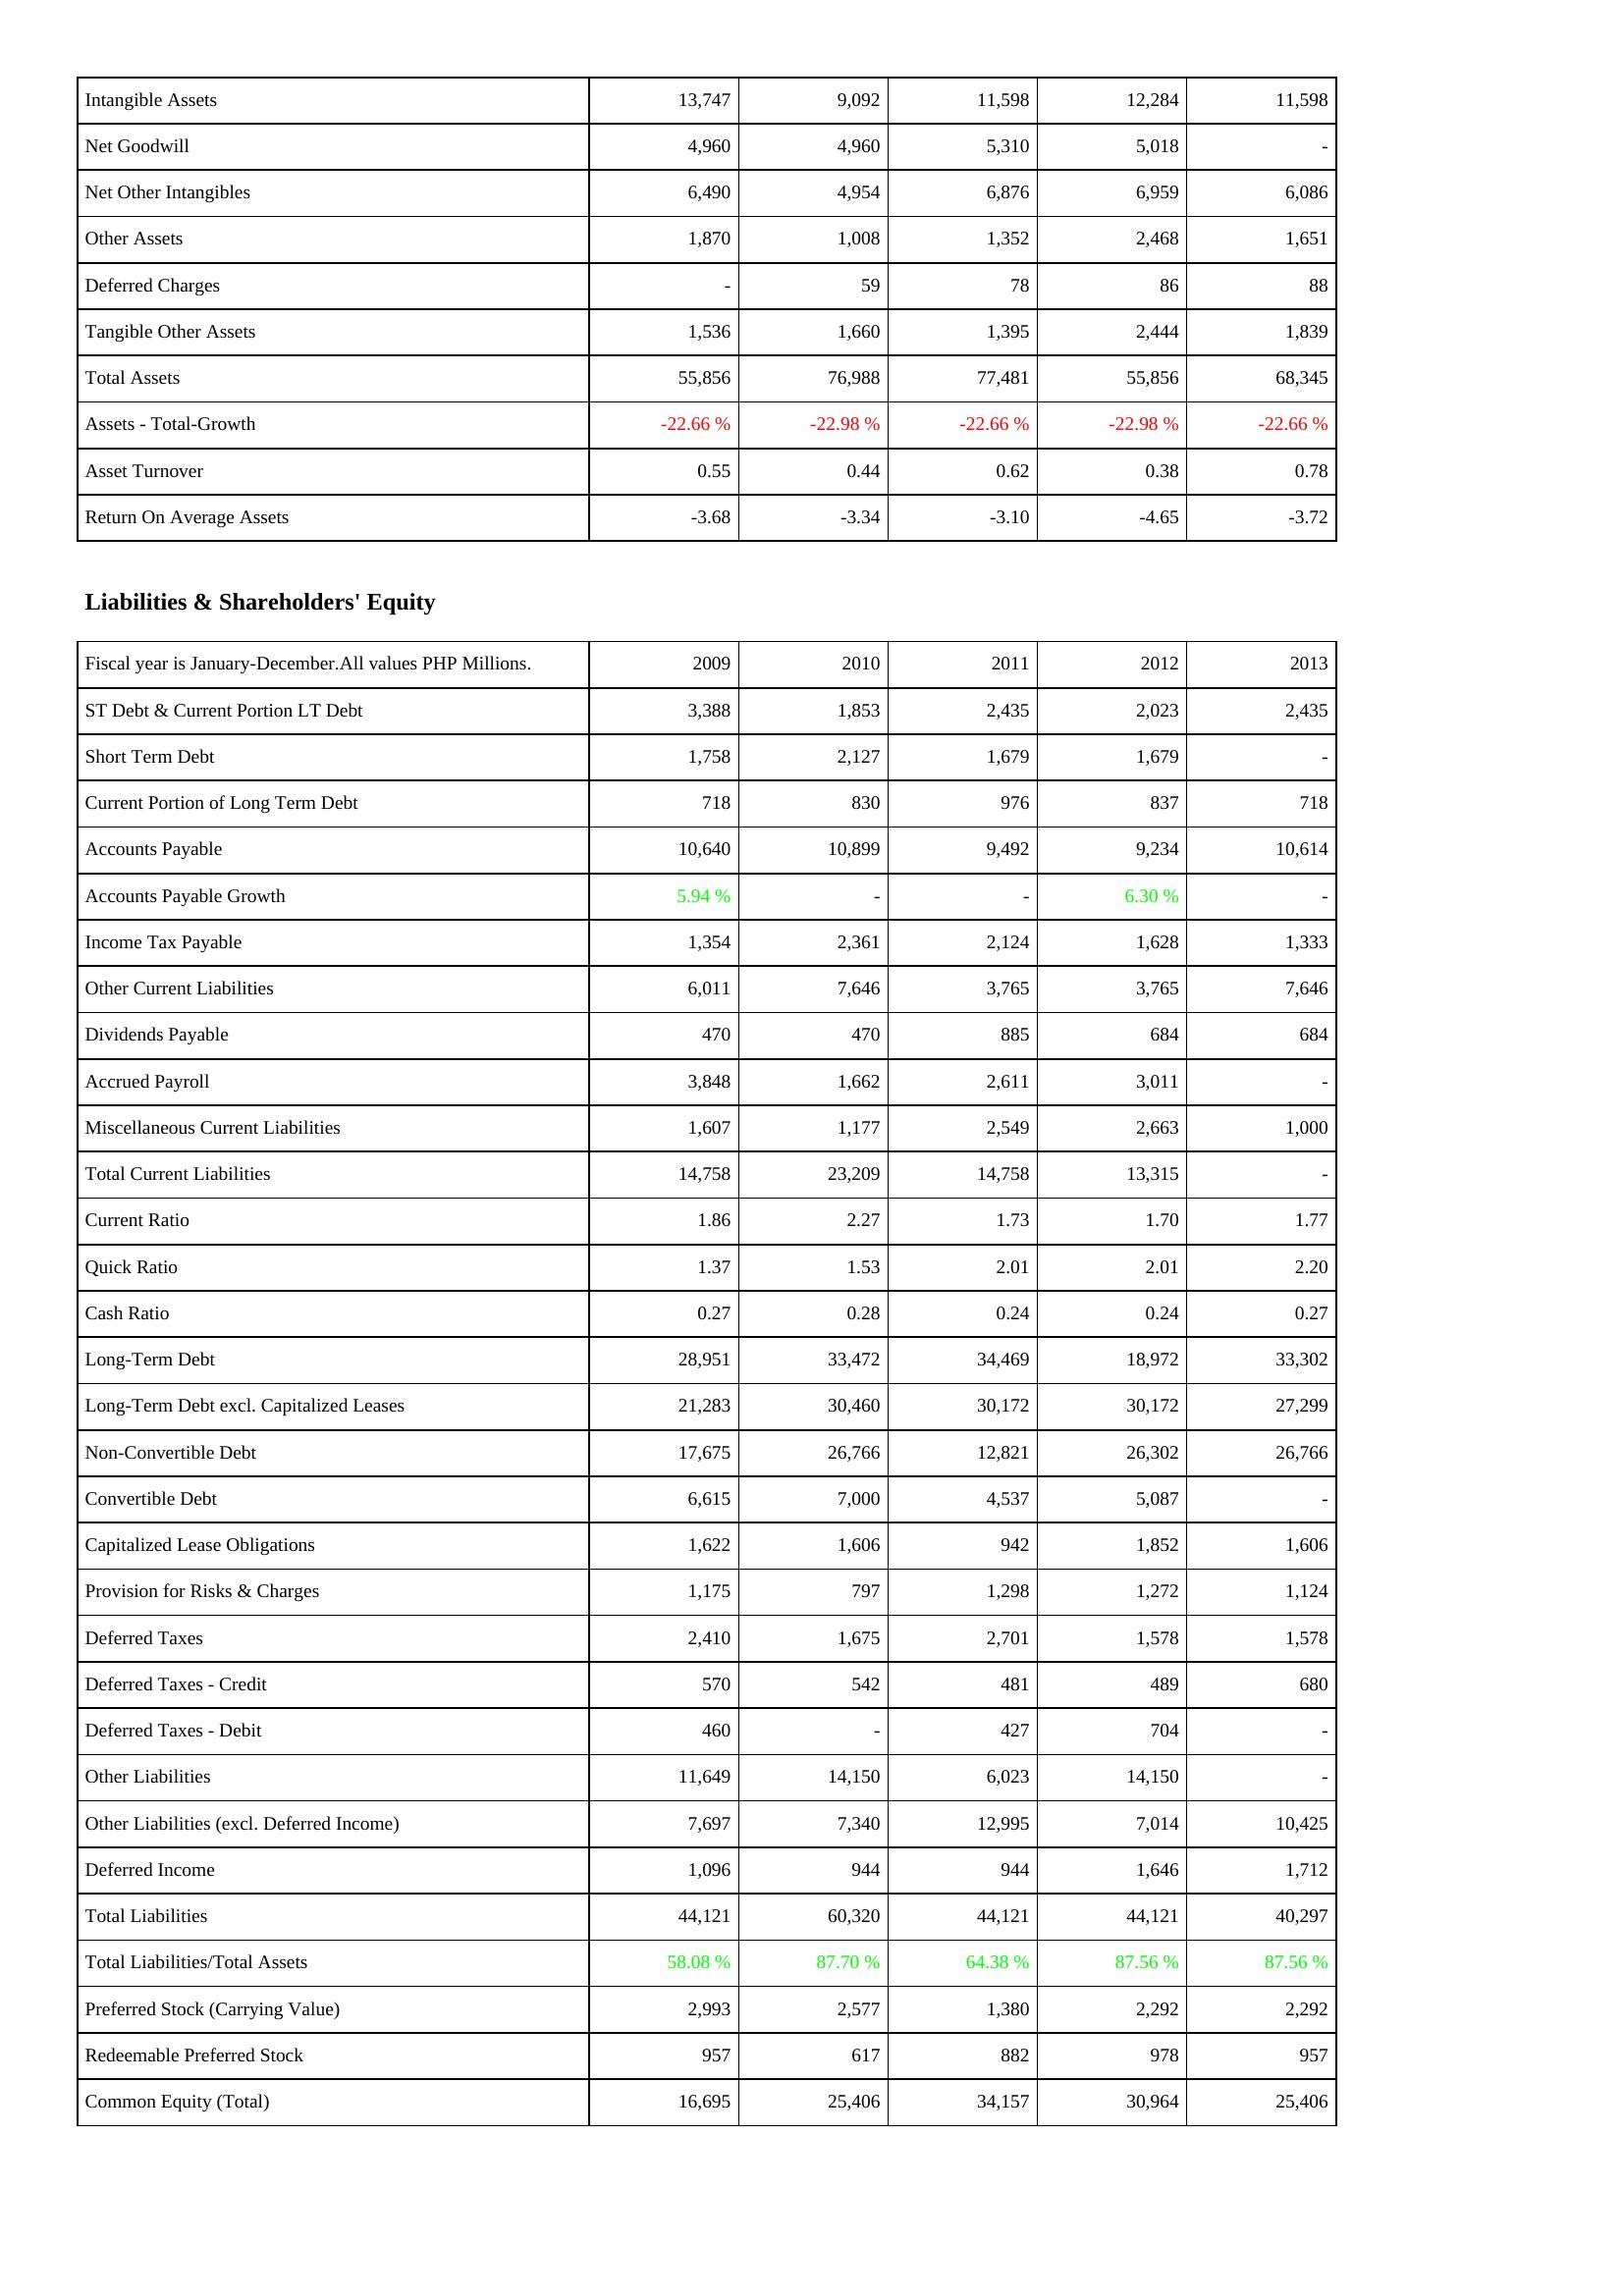
2009: Assets: Intangible Assets: 13,747
Net Goodwill: 4,960
Net Other Intangibles: 6,490
Other Assets: 1,870
Deferred Charges: -
Tangible Other Assets: 1,536
Total Assets: 55,856
Assets - Total-Growth: -22.66 %
Asset Turnover: 0.55
Return On Average Assets: -3.68
Liabilities & Shareholders' Equity: ST Debt & Current Portion LT Debt: 3,388
Short Term Debt: 1,758
Current Portion of Long Term Debt: 718
Accounts Payable: 10,640
Accounts Payable Growth: 5.94 %
Income Tax Payable: 1,354
Other Current Liabilities: 6,011
Dividends Payable: 470
Accrued Payroll: 3,848
Miscellaneous Current Liabilities: 1,607
Total Current Liabilities: 14,758
Current Ratio: 1.86
Quick Ratio: 1.37
Cash Ratio: 0.27
Long-Term Debt: 28,951
Long-Term Debt excl. Capitalized Leases: 21,283
Non-Convertible Debt: 17,675
Convertible Debt: 6,615
Capitalized Lease Obligations: 1,622
Provision for Risks & Charges: 1,175
Deferred Taxes: 2,410
Deferred Taxes - Credit: 570
Deferred Taxes - Debit: 460
Other Liabilities: 11,649
Other Liabilities (excl. Deferred Income): 7,697
Deferred Income: 1,096
Total Liabilities: 44,121
Total Liabilities/Total Assets: 58.08 %
Preferred Stock (Carrying Value): 2,993
Redeemable Preferred Stock: 957
Common Equity (Total): 16,695
2010: Assets: Intangible Assets: 9,092
Net Goodwill: 4,960
Net Other Intangibles: 4,954
Other Assets: 1,008
Deferred Charges: 59
Tangible Other Assets: 1,660
Total Assets: 76,988
Assets - Total-Growth: -22.98 %
Asset Turnover: 0.44
Return On Average Assets: -3.34
Liabilities & Shareholders' Equity: ST Debt & Current Portion LT Debt: 1,853
Short Term Debt: 2,127
Current Portion of Long Term Debt: 830
Accounts Payable: 10,899
Accounts Payable Growth: -
Income Tax Payable: 2,361
Other Current Liabilities: 7,646
Dividends Payable: 470
Accrued Payroll: 1,662
Miscellaneous Current Liabilities: 1,177
Total Current Liabilities: 23,209
Current Ratio: 2.27
Quick Ratio: 1.53
Cash Ratio: 0.28
Long-Term Debt: 33,472
Long-Term Debt excl. Capitalized Leases: 30,460
Non-Convertible Debt: 26,766
Convertible Debt: 7,000
Capitalized Lease Obligations: 1,606
Provision for Risks & Charges: 797
Deferred Taxes: 1,675
Deferred Taxes - Credit: 542
Deferred Taxes - Debit: -
Other Liabilities: 14,150
Other Liabilities (excl. Deferred Income): 7,340
Deferred Income: 944
Total Liabilities: 60,320
Total Liabilities/Total Assets: 87.70 %
Preferred Stock (Carrying Value): 2,577
Redeemable Preferred Stock: 617
Common Equity (Total): 25,406
2011: Assets: Intangible Assets: 11,598
Net Goodwill: 5,310
Net Other Intangibles: 6,876
Other Assets: 1,352
Deferred Charges: 78
Tangible Other Assets: 1,395
Total Assets: 77,481
Assets - Total-Growth: -22.66 %
Asset Turnover: 0.62
Return On Average Assets: -3.10
Liabilities & Shareholders' Equity: ST Debt & Current Portion LT Debt: 2,435
Short Term Debt: 1,679
Current Portion of Long Term Debt: 976
Accounts Payable: 9,492
Accounts Payable Growth: -
Income Tax Payable: 2,124
Other Current Liabilities: 3,765
Dividends Payable: 885
Accrued Payroll: 2,611
Miscellaneous Current Liabilities: 2,549
Total Current Liabilities: 14,758
Current Ratio: 1.73
Quick Ratio: 2.01
Cash Ratio: 0.24
Long-Term Debt: 34,469
Long-Term Debt excl. Capitalized Leases: 30,172
Non-Convertible Debt: 12,821
Convertible Debt: 4,537
Capitalized Lease Obligations: 942
Provision for Risks & Charges: 1,298
Deferred Taxes: 2,701
Deferred Taxes - Credit: 481
Deferred Taxes - Debit: 427
Other Liabilities: 6,023
Other Liabilities (excl. Deferred Income): 12,995
Deferred Income: 944
Total Liabilities: 44,121
Total Liabilities/Total Assets: 64.38 %
Preferred Stock (Carrying Value): 1,380
Redeemable Preferred Stock: 882
Common Equity (Total): 34,157
2012: Assets: Intangible Assets: 12,284
Net Goodwill: 5,018
Net Other Intangibles: 6,959
Other Assets: 2,468
Deferred Charges: 86
Tangible Other Assets: 2,444
Total Assets: 55,856
Assets - Total-Growth: -22.98 %
Asset Turnover: 0.38
Return On Average Assets: -4.65
Liabilities & Shareholders' Equity: ST Debt & Current Portion LT Debt: 2,023
Short Term Debt: 1,679
Current Portion of Long Term Debt: 837
Accounts Payable: 9,234
Accounts Payable Growth: 6.30 %
Income Tax Payable: 1,628
Other Current Liabilities: 3,765
Dividends Payable: 684
Accrued Payroll: 3,011
Miscellaneous Current Liabilities: 2,663
Total Current Liabilities: 13,315
Current Ratio: 1.70
Quick Ratio: 2.01
Cash Ratio: 0.24
Long-Term Debt: 18,972
Long-Term Debt excl. Capitalized Leases: 30,172
Non-Convertible Debt: 26,302
Convertible Debt: 5,087
Capitalized Lease Obligations: 1,852
Provision for Risks & Charges: 1,272
Deferred Taxes: 1,578
Deferred Taxes - Credit: 489
Deferred Taxes - Debit: 704
Other Liabilities: 14,150
Other Liabilities (excl. Deferred Income): 7,014
Deferred Income: 1,646
Total Liabilities: 44,121
Total Liabilities/Total Assets: 87.56 %
Preferred Stock (Carrying Value): 2,292
Redeemable Preferred Stock: 978
Common Equity (Total): 30,964
2013: Assets: Intangible Assets: 11,598
Net Goodwill: -
Net Other Intangibles: 6,086
Other Assets: 1,651
Deferred Charges: 88
Tangible Other Assets: 1,839
Total Assets: 68,345
Assets - Total-Growth: -22.66 %
Asset Turnover: 0.78
Return On Average Assets: -3.72
Liabilities & Shareholders' Equity: ST Debt & Current Portion LT Debt: 2,435
Short Term Debt: -
Current Portion of Long Term Debt: 718
Accounts Payable: 10,614
Accounts Payable Growth: -
Income Tax Payable: 1,333
Other Current Liabilities: 7,646
Dividends Payable: 684
Accrued Payroll: -
Miscellaneous Current Liabilities: 1,000
Total Current Liabilities: -
Current Ratio: 1.77
Quick Ratio: 2.20
Cash Ratio: 0.27
Long-Term Debt: 33,302
Long-Term Debt excl. Capitalized Leases: 27,299
Non-Convertible Debt: 26,766
Convertible Debt: -
Capitalized Lease Obligations: 1,606
Provision for Risks & Charges: 1,124
Deferred Taxes: 1,578
Deferred Taxes - Credit: 680
Deferred Taxes - Debit: -
Other Liabilities: -
Other Liabilities (excl. Deferred Income): 10,425
Deferred Income: 1,712
Total Liabilities: 40,297
Total Liabilities/Total Assets: 87.56 %
Preferred Stock (Carrying Value): 2,292
Redeemable Preferred Stock: 957
Common Equity (Total): 25,406